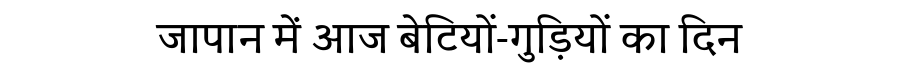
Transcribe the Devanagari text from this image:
जापान में आज बेटियों-गुड़ियों का दिन